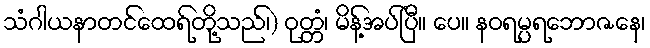
သံဂါယနာတင်ထေရ်တို့သည်၊) ဝုတ္တံ၊ မိန့်အပ်ပြီ။ ပေ။ နဝရမ္ပရဘောဇနေ၊